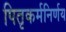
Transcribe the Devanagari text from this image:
पितृकर्मनिर्णय